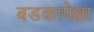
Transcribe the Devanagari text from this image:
बडकापेक्षा